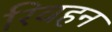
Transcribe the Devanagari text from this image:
रिवहन